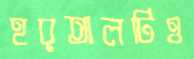
হরতালটিও